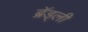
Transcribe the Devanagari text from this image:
ब्रॅड्ली